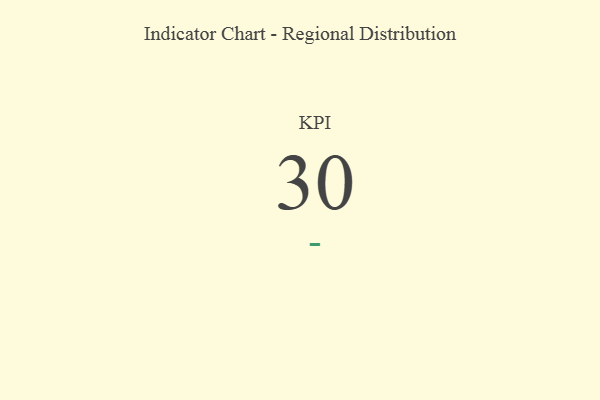
{"axis": {"x": "KPI", "y": "Value"}, "legend": [""], "data": [{"x": "KPI", "y": 30, "type": ""}]}